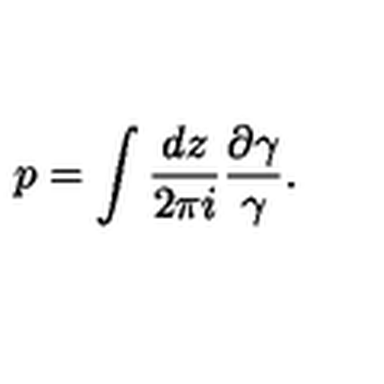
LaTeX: p = \int { \frac { d z } { 2 \pi i } } { \frac { \partial \gamma } { \gamma } } .